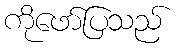
ကိုဖော်ပြသည်